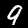
Digit: 9